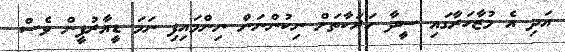
އަދި އެ މުޒާހަރާގައި ސީދާ ހަރަކާތަށް ނިކުންނަން ނިންމައިފި ނަމަ ޑީއާރުޕީން ވެސް